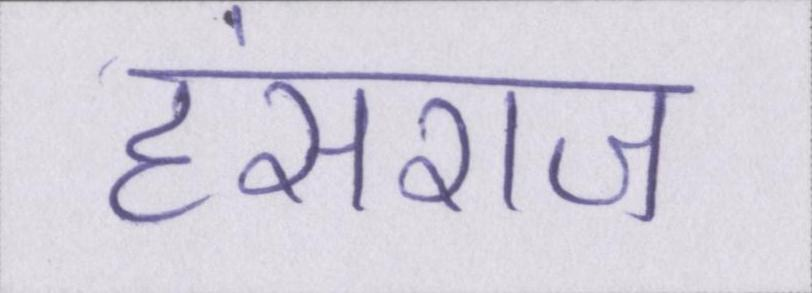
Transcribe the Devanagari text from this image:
हंसराज